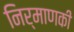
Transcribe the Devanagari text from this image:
निर्माणकी